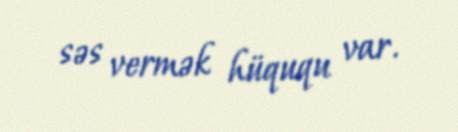
səs vermək hüququ var.